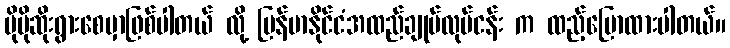
ပိုမိုဆိုးရွားစေမှာဖြစ်ပါတယ် လို့ မြန်မာနိုင်ငံအထည်ချုပ်လုပ်ငန်း က ထည့်ပြောထားပါတယ်။